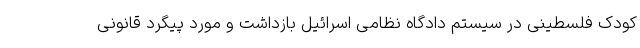
کودک فلسطینی در سیستم دادگاه نظامی اسرائیل بازداشت و مورد پیگرد قانونی